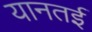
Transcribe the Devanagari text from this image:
यानतई